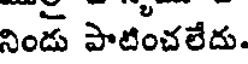
నిండు పాటించలేదు.